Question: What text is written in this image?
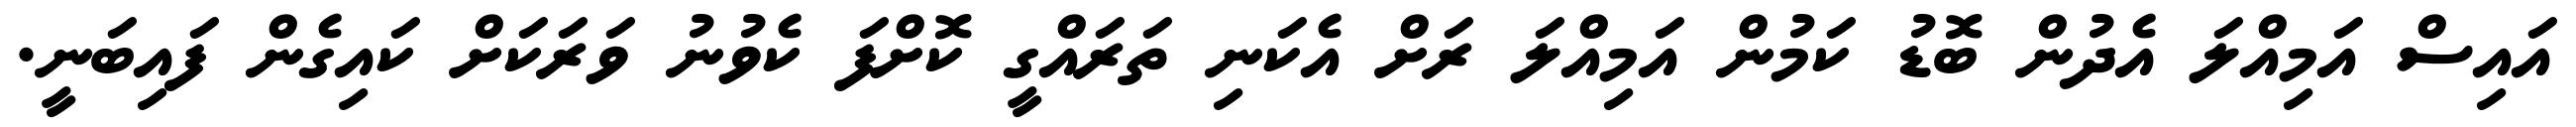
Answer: އައިސް އަމިއްލަ އެދުން ބޮޑު ކަމުން އަމިއްލަ ރަށް އެކަނި ތަރައްގީ ކޮށްފަ ކެވުނު ވަރަކަށް ކައިގެން ފައިބަނީ.